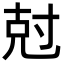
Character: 尅